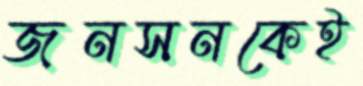
জনসনকেই